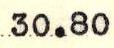
30.80